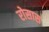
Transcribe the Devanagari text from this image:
रोसास